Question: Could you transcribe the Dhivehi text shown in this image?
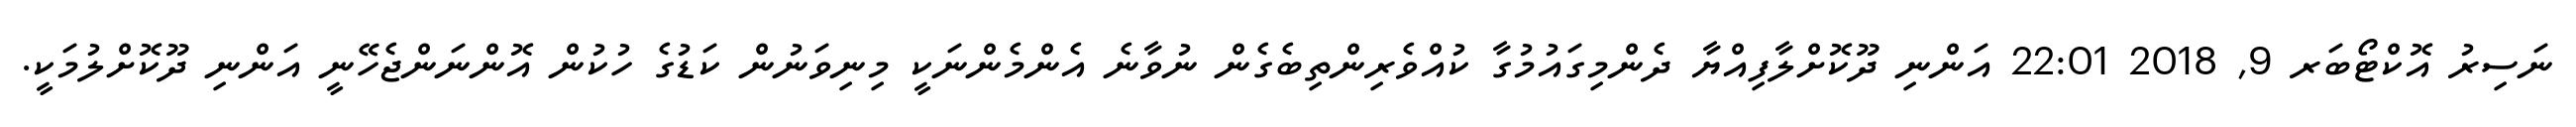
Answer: ނަސިރު އޮކްޓޯބަރ 9, 2018 22:01 އަންނި ދޫކޮށްލާފިއްޔާ ދެންމިގައުމުގާ ކުއްވެރިންތިބެގެން ނުވާނެ އެންމެންނަކީ މިނިވަނުން ކަޑުގެ ހުކުން އޮންނަންޖެހޭނީ އަންނި ދޫކޮށްލުމަކީ.